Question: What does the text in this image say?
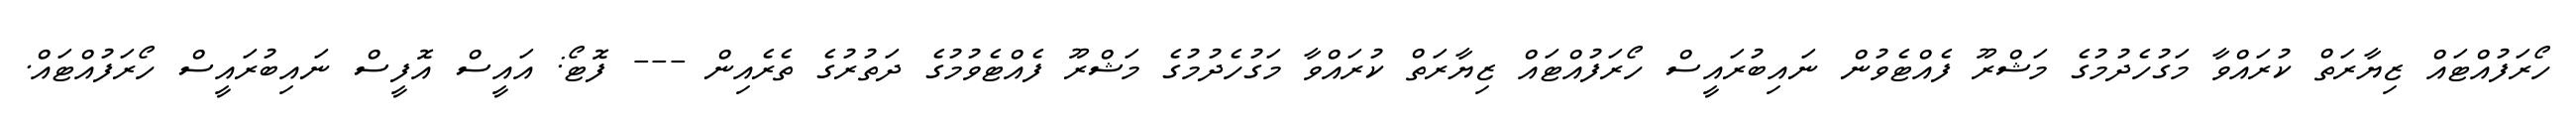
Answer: ހޯރަފުއްޓައް ޒިޔާރަތް ކުރައްވާ މަގުހެދުމުގެ މަޝްރޫ ފެއްޓެވުން ނައިބުރައީސް ހޯރަފުއްޓައް ޒިޔާރަތް ކުރައްވާ މަގުހެދުމުގެ މަޝްރޫ ފެއްޓެވުމުގެ ދަތުރުގެ ތެރެއިން --- ފޮޓޯ: އައީސް އޮފީސް ނައިބުރައީސް ހޯރަފުއްޓައް.